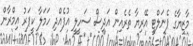
މާޒިޔާގެ ޕެނަލްޓީ އޭރިޔާ ތެރެއިން އަދިސް ސަހީލީ އުފެއްދި ހަމަލާ ކީޕަރު އިމްރާން